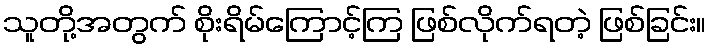
သူတို့အတွက် စိုးရိမ်ကြောင့်ကြ ဖြစ်လိုက်ရတဲ့ ဖြစ်ခြင်း။